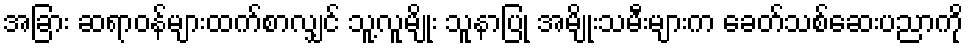
အခြား ဆရာဝန်များထက်စာလျှင် သူ့လူမျိုး သူနာပြု အမျိုးသမီးများက ခေတ်သစ်ဆေးပညာကို